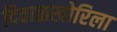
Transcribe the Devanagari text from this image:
दिवाळखोरिला